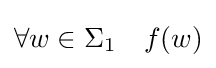
\forall w\in \Sigma _{1}\quad f(w)